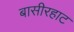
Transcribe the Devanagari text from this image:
बासीरहाट